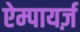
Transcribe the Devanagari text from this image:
ऐम्पायर्ज़